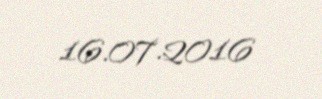
16.07.2016